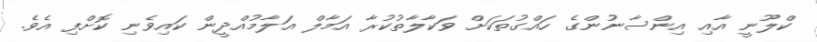
ކްލޫނީ އާއި އިންސާނުންގެ ހައްގުތަކަށް ވަކާލާތުކުރާ އަމާލް އަލާމުއްދީން ކައިވެނި ކޮށްފި އެވެ.